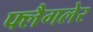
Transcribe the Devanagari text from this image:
फ्लैगलेर